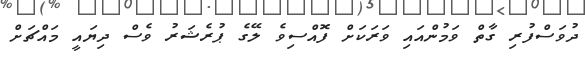
ދުވަސްފުރި ގާތް ވަމުންއައި ވަރަކަށް ފޮއްސިވެ ލޭގެ ޕުރެޝަރު ވެސް ދިޔައީ މައްޗަށް